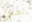
تصفي